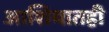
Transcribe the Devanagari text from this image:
आशियातही